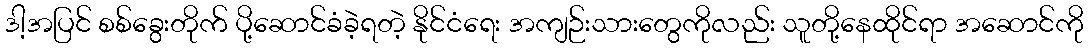
ဒါ့အပြင် စစ်ခွေးတိုက် ပို့ဆောင်ခံခဲ့ရတဲ့ နိုင်ငံရေး အကျဉ်းသားတွေကိုလည်း သူတို့နေထိုင်ရာ အဆောင်ကို